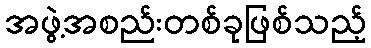
အဖွဲ့အစည်းတစ်ခုဖြစ်သည့်